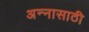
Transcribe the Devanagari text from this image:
अन्‍नासाठी